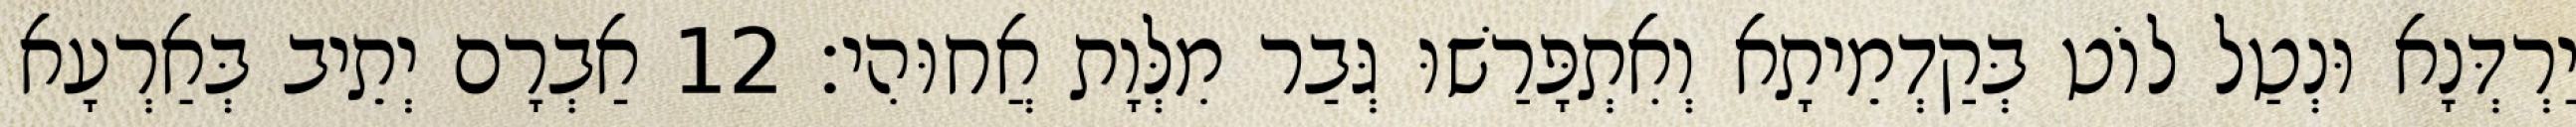
יַרְדְּנָא וּנְטַל לוֹט בְּקַדְמֵיתָא וְאִתְפָּרַשׁוּ גְּבַר מִלְּוָת אֲחוּהִי׃ 12 אַבְרָם יְתֵיב בְּאַרְעָא